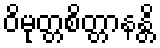
ဝိမုတ္တစိတ္တာနန္တိ